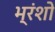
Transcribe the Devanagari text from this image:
भ्रंशो